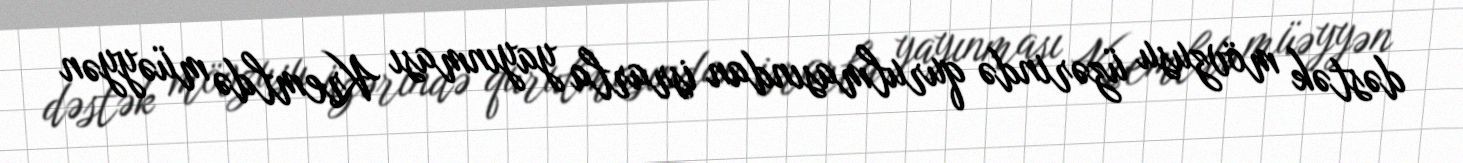
dəstək mövzusu üzərində qurulmasından israrla yayınması Kremldə müəyyən